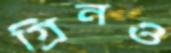
গ্রিনও